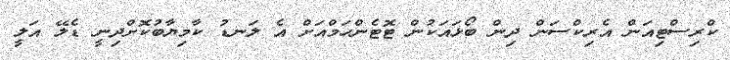
ކްރިސްޓިއަން އެރިކްސަން ދިން ބޯޅައަކުން ޓޮޓެންހަމްއަށް އެ ލަނޑު ކާމިޔާބުކޮށްދިނީ ޑެލޭ އަލީ